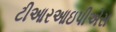
ટીઆરઆઇપીએસ